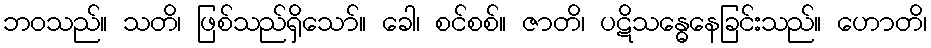
ဘဝသည်။ သတိ၊ ဖြစ်သည်ရှိသော်။ ခေါ၊ စင်စစ်။ ဇာတိ၊ ပဋိသန္ဓေနေခြင်းသည်။ ဟောတိ၊